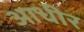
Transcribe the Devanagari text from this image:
आधीर